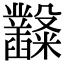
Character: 𥽿